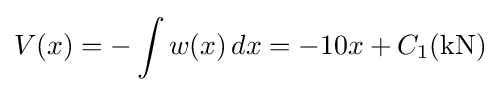
V(x)=-\int w(x)\,dx=-10x+C_{1}({\textrm {kN}})